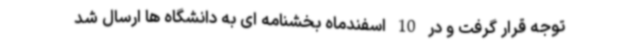
توجه قرار گرفت و در 10 اسفندماه بخشنامه ای به دانشگاه ها ارسال شد